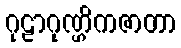
ဂုဠာဂုဏ္ဌိကဇာတာ